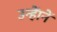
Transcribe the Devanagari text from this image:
उन्हाेंनें